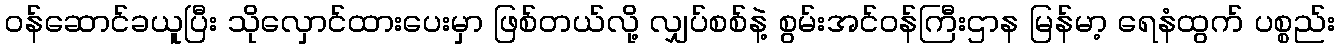
ဝန်ဆောင်ခယူပြီး သိုလှောင်ထားပေးမှာ ဖြစ်တယ်လို့ လျှပ်စစ်နဲ့ စွမ်းအင်ဝန်ကြီးဌာန မြန်မာ့ ရေနံထွက် ပစ္စည်း